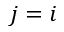
j = i